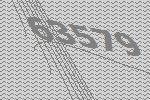
63579